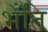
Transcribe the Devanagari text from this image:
भँति